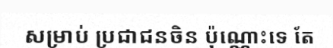
សម្រាប់ ប្រជាជនចិន ប៉ុណ្ណោះទេ តែ